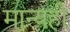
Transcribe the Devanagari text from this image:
मान्यही